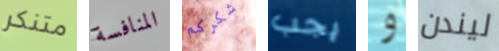
متنكر المنافسة شكركم يجب و ليندن